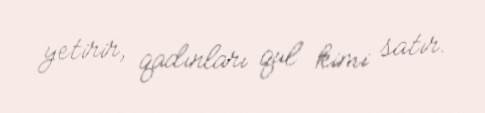
yetirir, qadınları qul kimi satır.